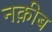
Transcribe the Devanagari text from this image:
नक़ीब